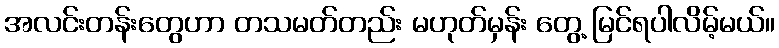
အလင်းတန်းတွေဟာ တသမတ်တည်း မဟုတ်မှန်း တွေ့ မြင်ရပါလိမ့်မယ်။